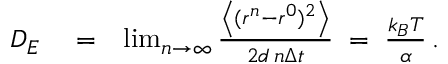
\begin{array} { r l r } { D _ { E } } & { { } = } & { \operatorname* { l i m } _ { n \rightarrow \infty } \frac { \left\langle ( r ^ { n } - r ^ { 0 } ) ^ { 2 } \right\rangle } { 2 d \, n \Delta { t } } \; = \; \frac { k _ { B } T } { \alpha } \, . } \end{array}